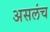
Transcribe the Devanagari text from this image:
असलंच